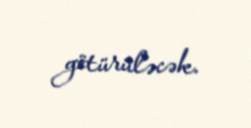
götürüləcək.